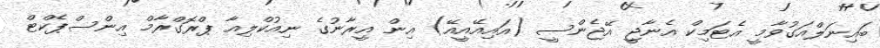
ބައިނަލްއަގުވާމީ އެޓަމިކް އެނާޖީ އޭޖެންސީ (އައިއޭއީއޭ) އިން އީރާނުގެ ނިއުކްލިއާ ޕްރޮގްރާމް އިންސްޕެކްޓް